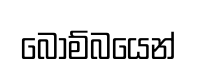
බොම්බයෙන්